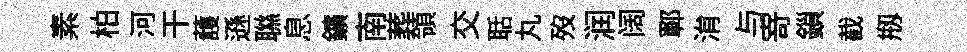
素柏河干䕶遜聮息鑛南葬領交聒丸歿润阔鄆㳙与𭔃鎻截剏